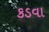
કડવા